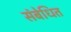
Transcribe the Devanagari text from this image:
संबेधित